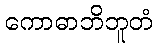
ကောဓာဘိဘူတံ